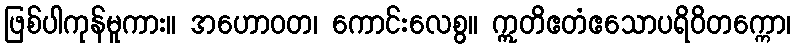
ဖြစ်ပါကုန်မူကား။ အဟောဝတ၊ ကောင်းလေစွ။ ဣတိဧတံဧသောပရိဝိတက္ကော၊